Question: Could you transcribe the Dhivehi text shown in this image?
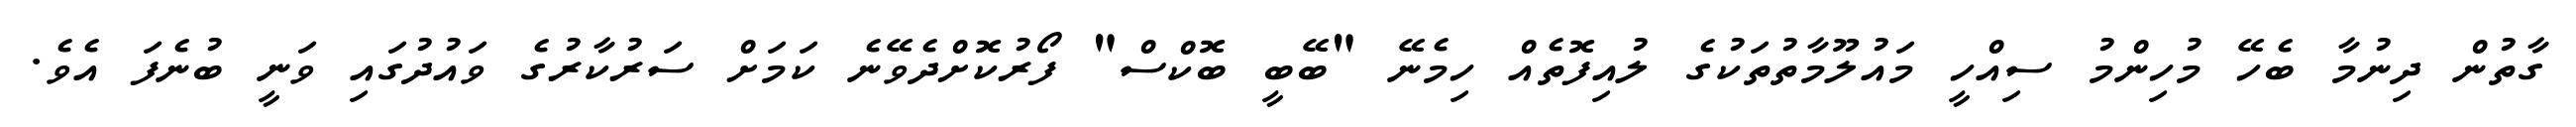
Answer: ގާތުން ދިނުމާ ބެހޭ މުހިންމު ސިއްހީ މައުލޫމާތުތަކުގެ ލުއިފޮތެއް ހިމެނޭ "ބޭބީ ބޮކްސް" ފޯރުކޮށްދެވޭނެ ކަމަށް ސަރުކާރުގެ ވައުދުގައި ވަނީ ބުނެފަ އެވެ.